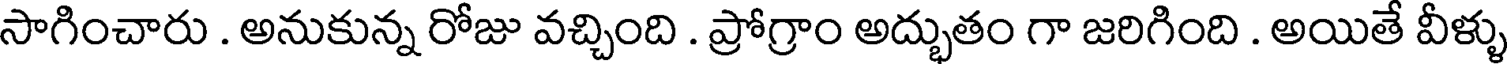
సాగించారు . అనుకున్న రోజు వచ్చింది . ప్రోగ్రాం అద్భుతం గా జరిగింది . అయితే వీళ్ళు